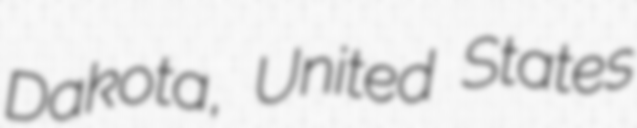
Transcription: Dakota, United States